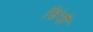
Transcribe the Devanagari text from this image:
ज़िंगी